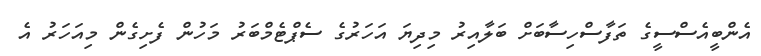
އެންބީއެސްސީގެ ތަފާސްހިސާބަށް ބަލާއިރު މިދިޔަ އަހަރުގެ ސެޕްޓެމްބަރު މަހުން ފެށިގެން މިއަހަރު އެ